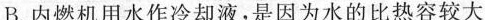
B.内燃机用水作冷却液，是因为水的比热容较大